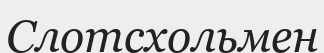
Слотсхольмен